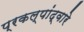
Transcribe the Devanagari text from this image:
प्रकल्पांद्वारे